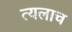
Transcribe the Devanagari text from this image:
त्यलाच